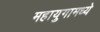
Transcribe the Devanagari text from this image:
महायुगामध्ये